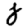
Digit: 8